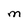
Character: M